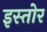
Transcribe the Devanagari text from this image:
इस्तोर